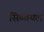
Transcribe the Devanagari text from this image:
सिब्बयल